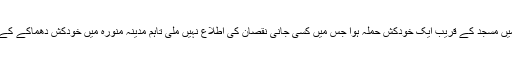
اطلاعات کے مطابق سعودی عرب کے شہر قطیف میں مسجد کے قریب ایک خودکش حملہ ہوا جس میں کسی جانی نقصان کی اطلاع نہیں ملی تاہم مدینہ منورہ میں خودکش دھماکے کے نتیجے میں 2 سیکیورٹی اہلکار جاں بحق ہوگئےہیں۔